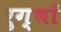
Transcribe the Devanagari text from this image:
रुग्णों